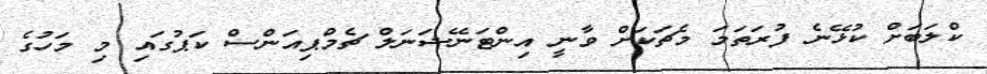
ކްލަބަށް ކުޅޭނެ ފުރަތަމަ މެޗަކަށް ވާނީ އިންޓަނޭޝަނަލް ޗެމްޕިއަންސް ކަޕުގައި މި މަހުގެ